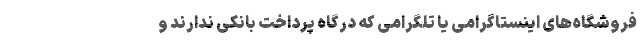
فروشگاه‌های اینستاگرامی یا تلگرامی که درگاه پرداخت بانکی ندارند و